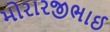
મોરારજીભાઈ